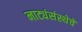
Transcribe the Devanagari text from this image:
नाट्यंसंस्थेचे